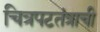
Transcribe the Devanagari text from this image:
चित्रपटतंत्राची